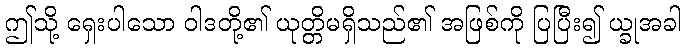
ဤသို့ ရှေးပါသော ဝါဒတို့၏ ယုတ္တိမရှိသည်၏ အဖြစ်ကို ပြပြီး၍ ယ္ခုအခါ